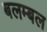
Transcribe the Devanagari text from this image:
बलम्बल